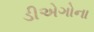
ડીએગોના